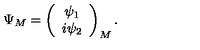
\Psi _ { M } = \left( \begin{array} { c l c r } { \psi _ { 1 } } \\ { i \psi _ { 2 } } \\ \end{array} \right) _ { M } .